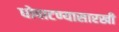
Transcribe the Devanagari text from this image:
धोपाटण्यासारखी